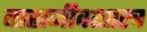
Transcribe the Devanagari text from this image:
बाह्यजीवशास्त्र